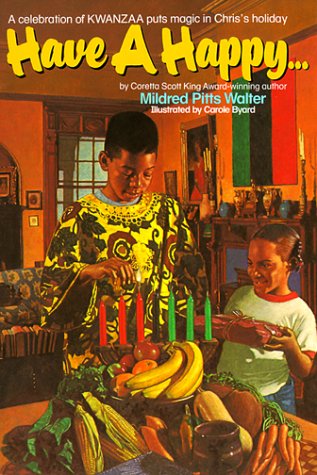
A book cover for Have a Happy . . .: A Novel about Kwanzaa; Mildred Pitts Walter; Children's Books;